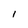
Character: l